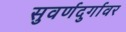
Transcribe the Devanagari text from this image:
सुवर्णदुर्गावर